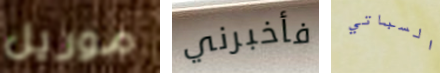
موريل فأخبرني السباتي